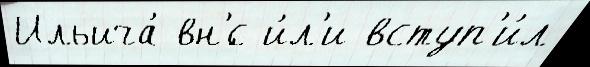
Ильича́ вн'́с и́л'и вступ'и́л